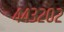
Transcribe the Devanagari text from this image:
४४३२०२